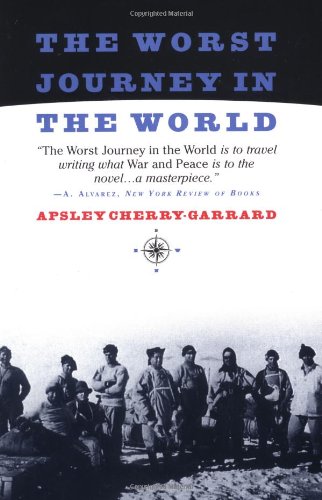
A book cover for The Worst Journey in the World; Apsley Cherry-Garrard; Travel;